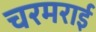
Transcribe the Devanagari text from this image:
चरमराई